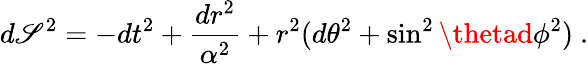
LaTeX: d\mathscr{S}^{2}=-dt^{2}+\frac{{dr^{2}}}{{\alpha^{2}}}+r^{2}(d\theta^{2}+\sin^{2}\thetad\phi^{2})\ .